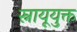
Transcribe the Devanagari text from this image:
स्नायूयुक्त